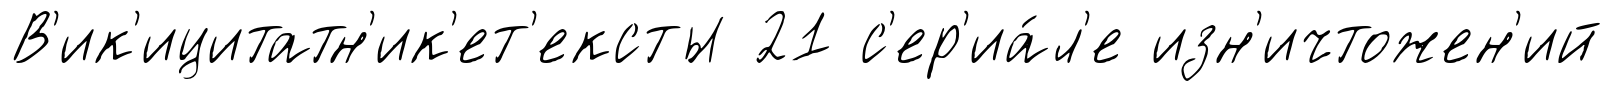
В'ик'ицитатн'ик'ет'ексты 21 с'ер'иа́л'е изн'ичтожен'ий